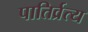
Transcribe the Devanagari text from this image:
पातिर्व्रत्य